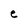
Character: e